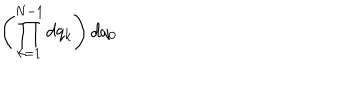
\left( \prod _ { k = 1 } ^ { N - 1 } d q _ { k } \right) d q _ { 0 }